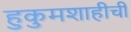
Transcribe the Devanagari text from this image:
हुकुमशाहीची